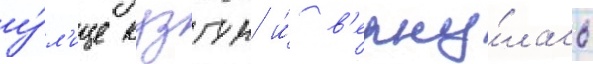
у́л'ице кузгун и́ в'ерну́лась